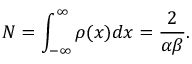
N = \int _ { - \infty } ^ { \infty } \rho ( x ) d x = \frac { 2 } { \alpha \beta } .